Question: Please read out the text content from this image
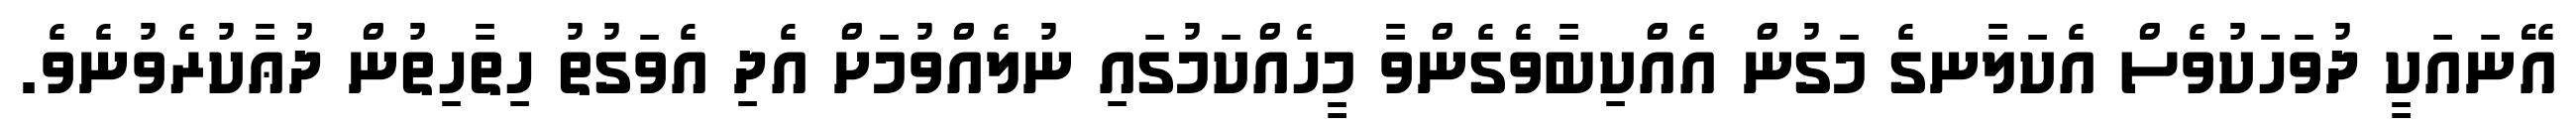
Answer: އޭނައަކީ ދުވަހަކުވެސް އެކަލާނގެ މަގުން އެއްކިބާވެގެންވާ މީހެއްކަމުގައި ނުލެއްވުމަށް އެދި އެވަގުތު ހިތާހިތުން ދުޢާކުރެވުނެވެ.